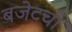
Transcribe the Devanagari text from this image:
बजेटची